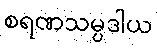
စရဏသမ္ပဒါယ